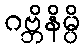
ဂဗ္ဘိနိမ္ပိ